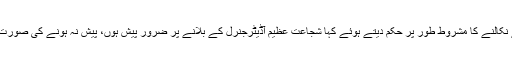
سپریم کورٹ نے شجاعت عظیم کا نام ای سی ایل سے نکالنے کا مشروط طور پر حکم دیتے ہوئے کہا شجاعت عظیم آڈیٹرجنرل کے بلانے پر ضرور پیش ہوں، پیش نہ ہونے کی صورت میں شجاعت عظیم کی جائیداد ضبط کر لی جائے گی۔